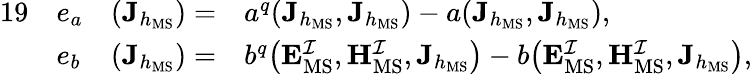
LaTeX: \begin{array}{rlrl}{{19}}&{e_{a}}&{(\mathbf{J}_{h_{\mathrm{MS}}})=}&{a^{q}(\mathbf{J}_{h_{\mathrm{MS}}},\mathbf{J}_{h_{\mathrm{MS}}})-a(\mathbf{J}_{h_{\mathrm{MS}}},\mathbf{J}_{h_{\mathrm{MS}}}),}\\ &{e_{b}}&{(\mathbf{J}_{h_{\mathrm{MS}}})=}&{b^{q}\big(\mathbf{E}_{\mathrm{MS}}^{\mathcal{I}},\mathbf{H}_{\mathrm{MS}}^{\mathcal{I}},\mathbf{J}_{h_{\mathrm{MS}}}\big)-b\big(\mathbf{E}_{\mathrm{MS}}^{\mathcal{I}},\mathbf{H}_{\mathrm{MS}}^{\mathcal{I}},\mathbf{J}_{h_{\mathrm{MS}}}\big),}\end{array}